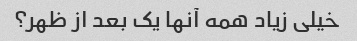
خیلی زیاد همه آنها یک بعد از ظهر؟